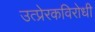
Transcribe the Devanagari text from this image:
उत्प्रेरकविरोधी